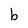
Character: b